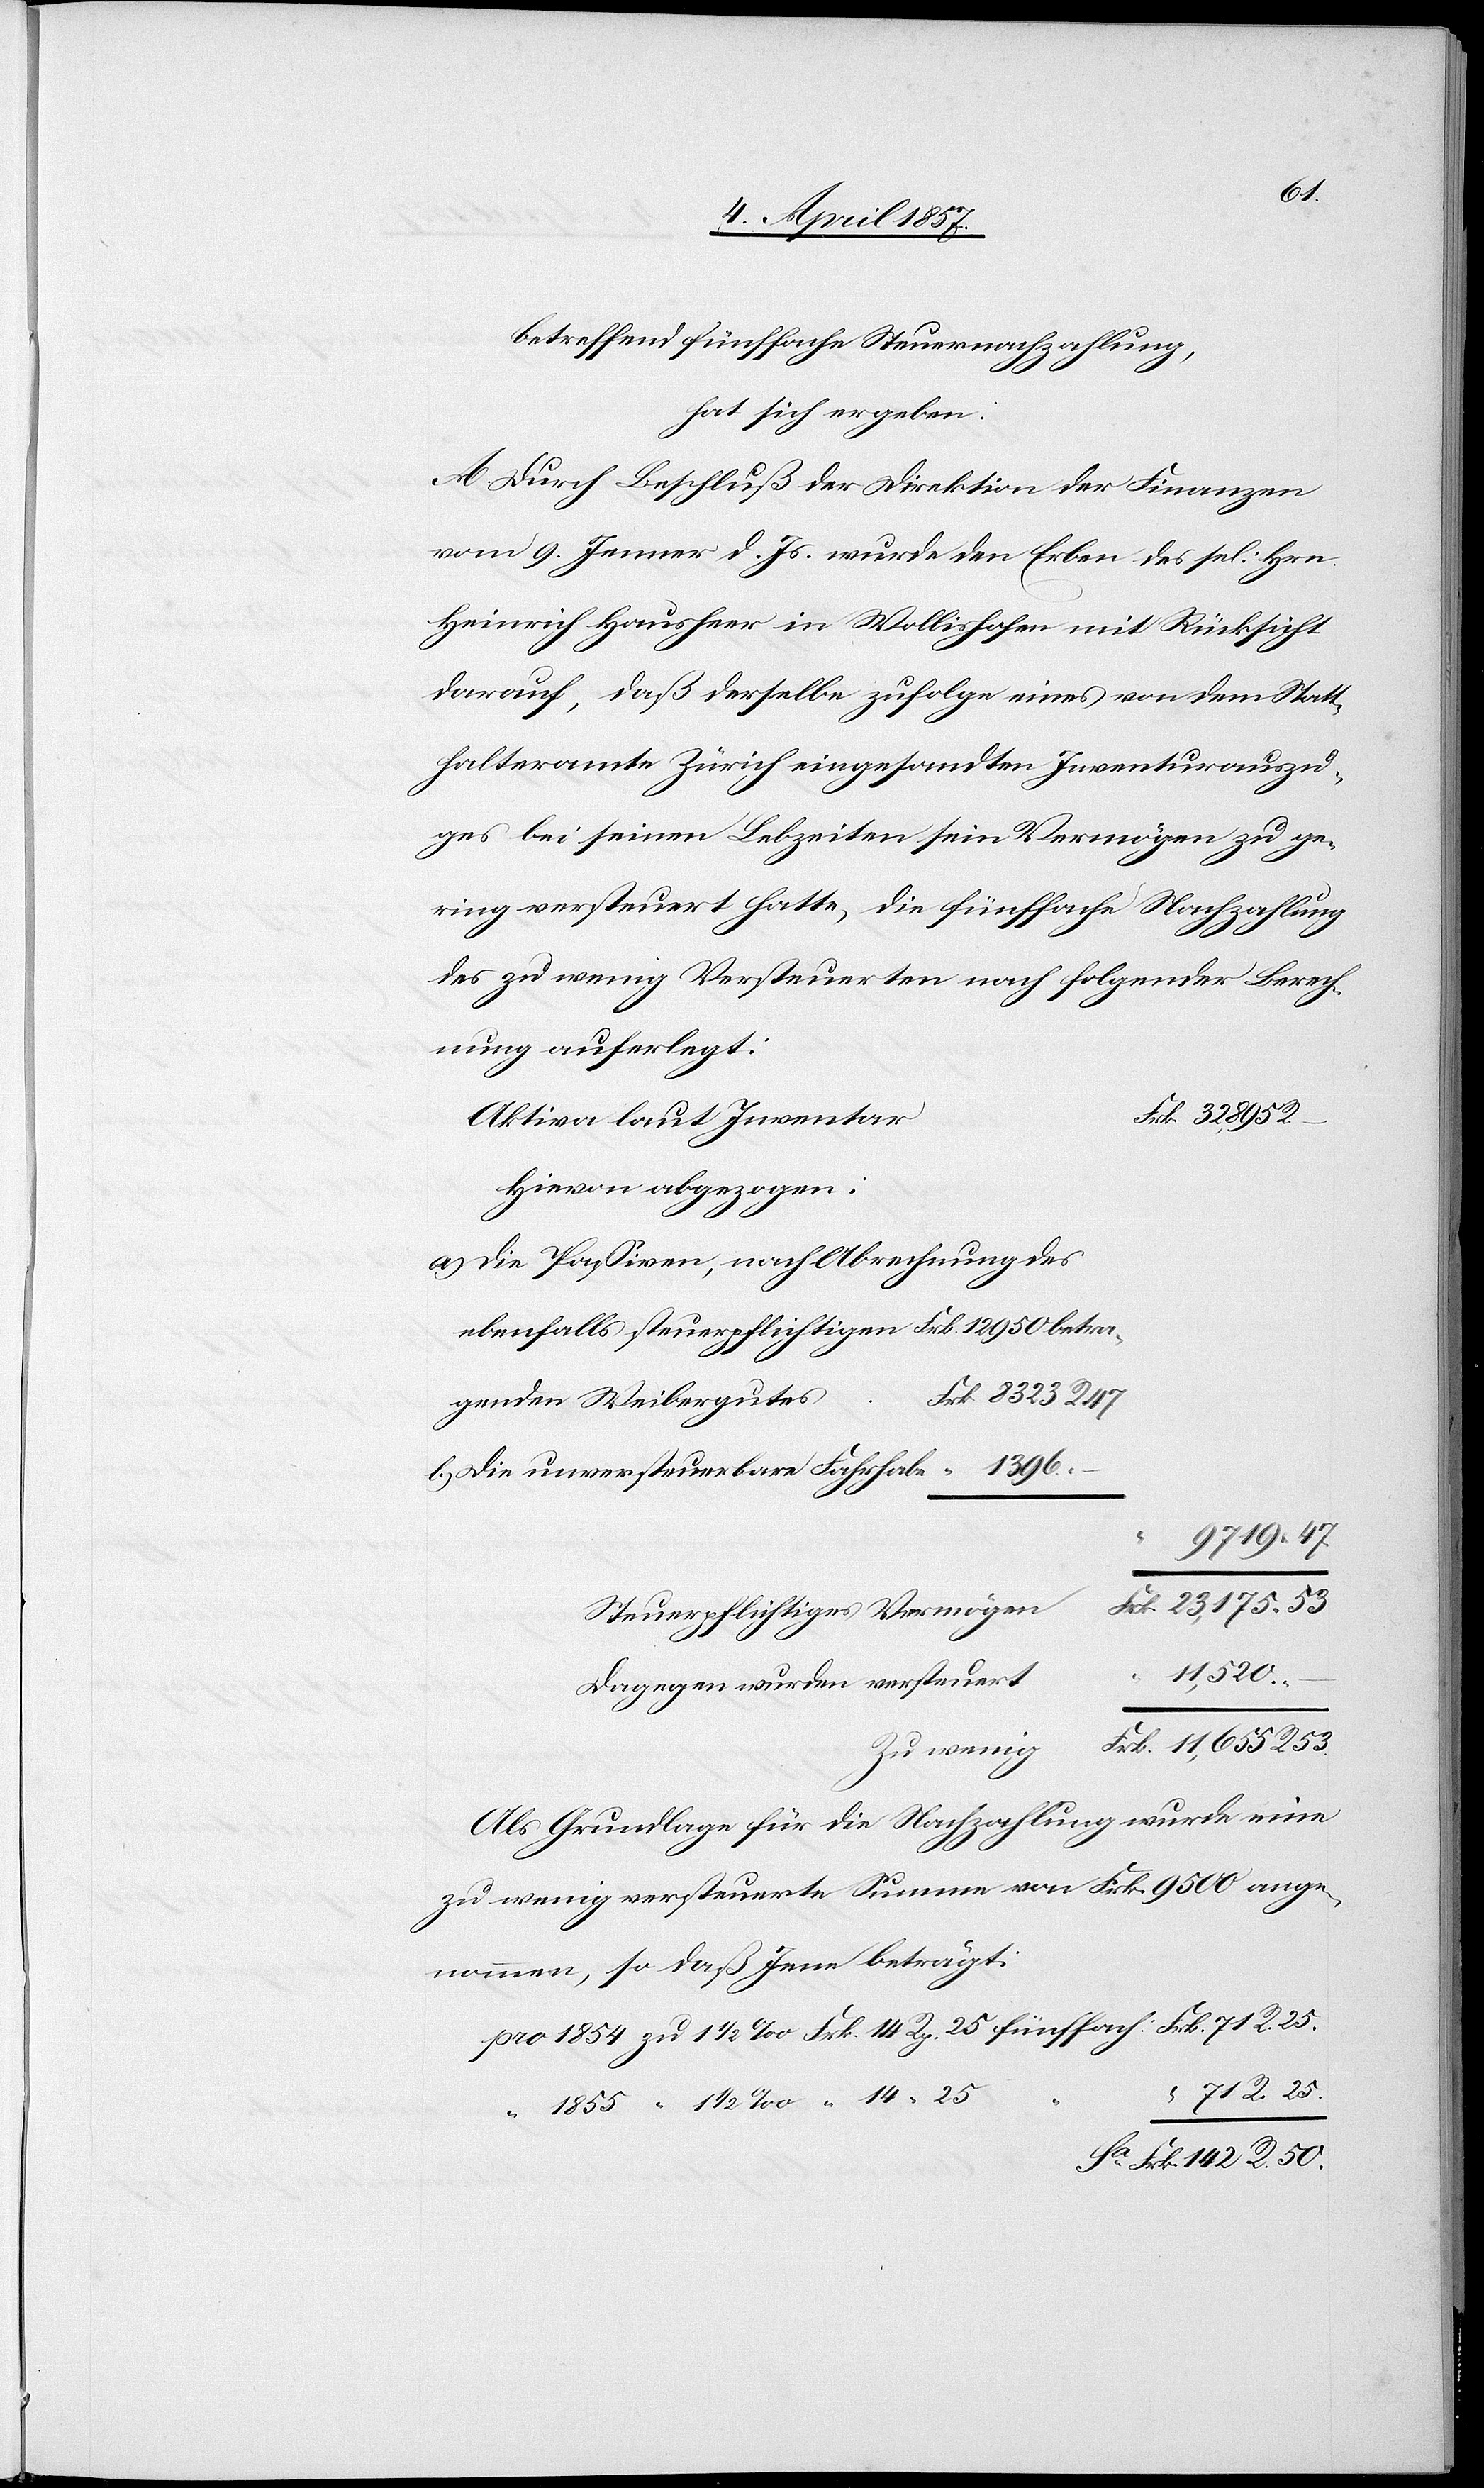
142
betreffend fünffache Steuernachzahlung,
hat sich ergeben:
A. Durch Beschluß der Direktion der Finanzen
vom 9. Jenner d. Js. wurde den Erben des sel: Hrn
Heinrich Hausheer in Wollishofen mit Rücksicht
darauf, daß derselbe zufolge eines von dem Statt¬
halteramte Zürich eingesandten Inventurauszu¬
ges bei seinen Lebzeiten sein Vermögen zu ge¬
ring versteuert hatte, die fünffache Nachzahlung
des zu wenig Versteuerten nach folgender Berech¬
nung auferlegt:
Aktive laut Inventar
Hievon abgezogen:
die Passiven, nach Abrechnung des
ebenfalls steuerpflichtigen Frk. 12 950 betra¬
genden Weibergutes
Die unversteuerbare Fahrhabe
11,520.
Dagegen wurden versteuert
Als Grundlage für die Nachzahlung wurde eine
zu wenig versteuerte Summe von Frk. 9500 ange¬
nommen, so daß Jene beträgt: